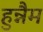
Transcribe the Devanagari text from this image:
हुन्नैम